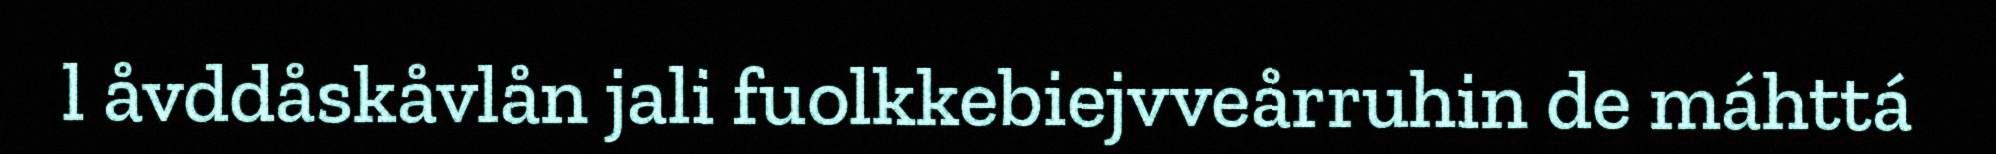
l åvddåskåvlån jali fuolkkebiejvveårruhin de máhttá